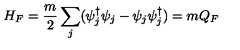
H _ { F } = \frac { m } { 2 } \sum _ { j } ( \psi _ { j } ^ { \dagger } \psi _ { j } - \psi _ { j } \psi _ { j } ^ { \dagger } ) = m Q _ { F }